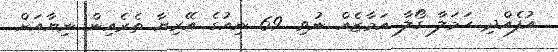
އުފެއްދި ހަމަލާ ގޯލާ އަމާޒެއް ނުވި. 69 ނިއުގެ އޭރިޔާ ތެރެއިން ނިޔާއަށް